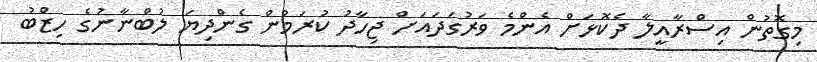
މިގޮތުން އިސްރާއީލާ ދެކޮޅަށް އެންމެ ވަރުގަދައަށް ޖިހާދު ކުރަމުން ގެންދިޔަ ލުބްނާނުގެ ހިޒްބު